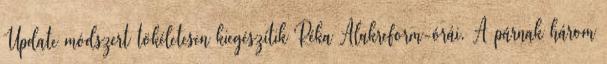
Update módszert tökéletesen kiegészítik Réka Alakreform-órái. A párnak három